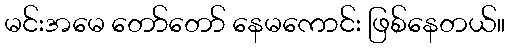
မင်းအမေ တော်တော် နေမကောင်း ဖြစ်နေတယ်။